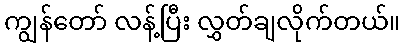
ကျွန်တော် လန့်ပြီး လွှတ်ချလိုက်တယ်။